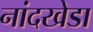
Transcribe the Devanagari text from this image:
नांदखेडा